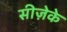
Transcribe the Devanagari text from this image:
सीज़ेके